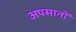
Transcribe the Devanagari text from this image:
अपसानों